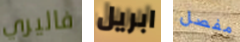
فاليري ابريل مفصل